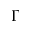
\boldsymbol { \Gamma }